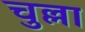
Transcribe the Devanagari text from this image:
चुल्ला